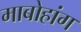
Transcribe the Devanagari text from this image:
माबोहांग